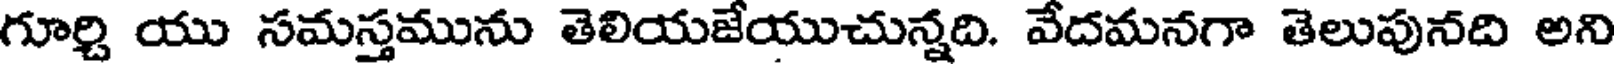
గూర్చి యు సమస్తమును తెలియజేయుచున్నది. వేదమనగా తెలుపునది అని